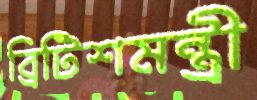
ব্রিটিশমন্ত্রী